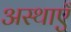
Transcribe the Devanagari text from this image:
अस्थाएँ